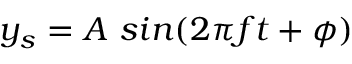
y _ { s } = A \ s i n ( 2 \pi f t + \phi )